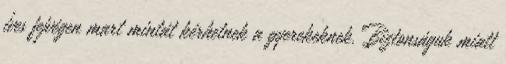
íves fejvégen mart mintát kérhetnek a gyerekeknek. Biztonságuk miatt